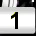
Digit: 1